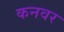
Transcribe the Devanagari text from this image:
कनवर